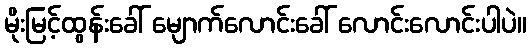
မိုးမြင့်ထွန်းခေါ် မျောက်လောင်းခေါ် လောင်းလောင်းပါပဲ။